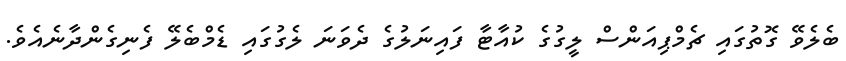
ބެލެވޭ ގޮތުގައި ޗެމްޕިއަންސް ލީގުގެ ކުއާޓާ ފައިނަލުގެ ދެވަނަ ލެގުގައި ޑެމްބެލޭ ފެނިގެންދާނެއެވެ.